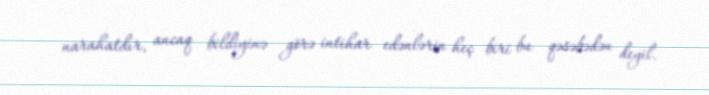
narahatdır, ancaq bildiyinə görə intihar edənlərin heç biri bu qəsəbədən deyil.